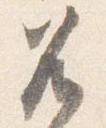
兀